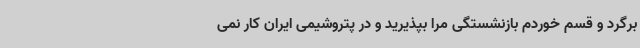
برگرد و قسم خوردم بازنشستگی مرا بپذیرید و در پتروشیمی ایران کار نمی